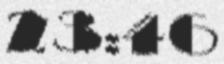
23:46